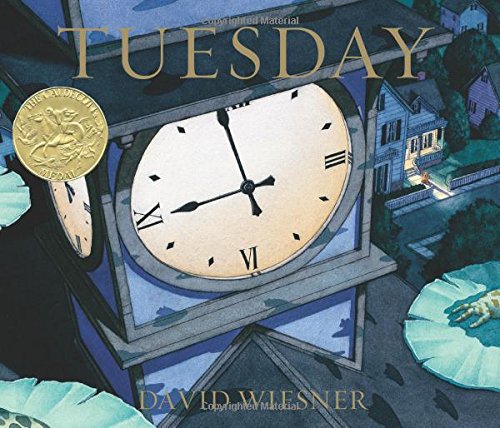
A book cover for Tuesday; David Wiesner; Children's Books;